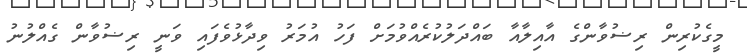
މީގެކުރިން ރިޟުވާންގެ އާއިލާއާ ބައްދަލުކުރެއްވުމަށް ފަހު އުމަރު ވިދާޅުވެފައި ވަނީ ރިޟުވާން ގެއްލުނު